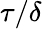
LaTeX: \tau/\delta